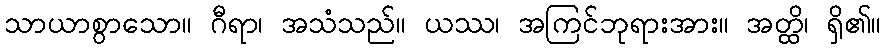
သာယာစွာသော။ ဂီရာ၊ အသံသည်။ ယဿ၊ အကြင်ဘုရားအား။ အတ္ထိ၊ ရှိ၏။